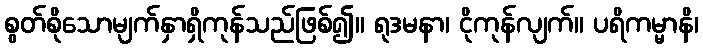
စွတ်စိုသောမျက်နှာရှိကုန်သည်ဖြစ်၍။ ရုဒမနာ၊ ငိုကုန်လျက်။ ပရိကမ္မာနိ၊